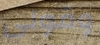
وقولي